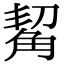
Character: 觢